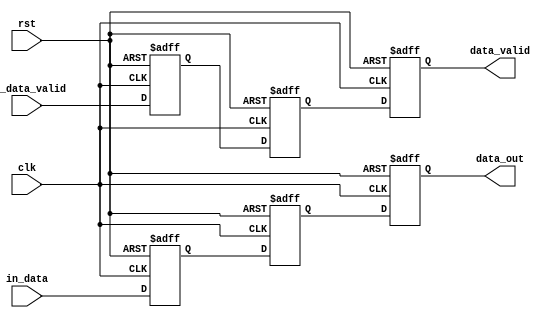
module fifo_3(input clk,
              input         rst,

              input         in_data_valid,
              input         [31:0] in_data,

              output [31:0] data_out,
              output        data_valid);

   reg               data_valid_reg_0;
   reg               data_valid_reg_1;
   reg               data_valid_reg_2;   

   reg [31:0]        data_out_0;
   reg [31:0]        data_out_1;
   reg [31:0]        data_out_2;
   
   always @(posedge clk or negedge rst) begin
      if (!rst) begin
         data_valid_reg_0 <= 0;
         data_valid_reg_1 <= 0;
         data_valid_reg_2 <= 0;

         data_out_0 <= 0;
         data_out_1 <= 0;
         data_out_2 <= 0;

      end else begin

         data_valid_reg_0 <= in_data_valid;
         data_valid_reg_1 <= data_valid_reg_0;
         data_valid_reg_2 <= data_valid_reg_1;

         data_out_0 <= in_data;
         data_out_1 <= data_out_0;
         data_out_2 <= data_out_1;

      end
   end

   assign data_valid = data_valid_reg_2;
   assign data_out = data_out_2;
   
endmodule